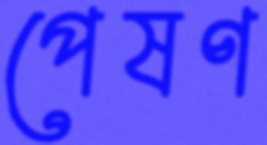
পেষণ